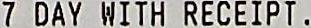
7 DAY WITH RECEIPT .